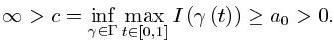
$\infty > c = \inf_{\gamma \in \Gamma} \max_{t \in [0,1]} I(\gamma (t)) \geq a_0 > 0.$